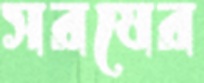
সরষের